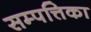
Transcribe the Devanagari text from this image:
सम्पत्तिका